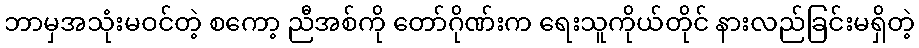
ဘာမှအသုံးမဝင်တဲ့ စကော့ ညီအစ်ကို တော်ဂိုဏ်းက ရေးသူကိုယ်တိုင် နားလည်ခြင်းမရှိတဲ့